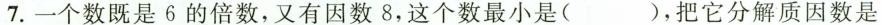
7.一个数既是6的倍数，又有因数8，这个数最小是( )，把它分解质因数是